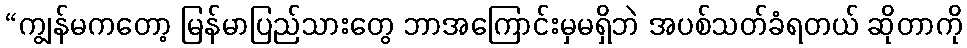
“ကျွန်မကတော့ မြန်မာပြည်သားတွေ ဘာအကြောင်းမှမရှိဘဲ အပစ်သတ်ခံရတယ် ဆိုတာကို